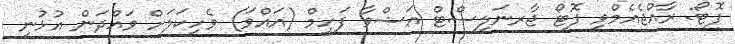
ފޮޓޯ: ރާއްޖެއެމްވީ ފޮޓޯ ޖާރނަލިސްޓް އަޝްވާ ފަހީމް (އައްވަ) ވެހިކަލަށް ވައްދަން އުޅުނީ